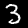
Digit: 3